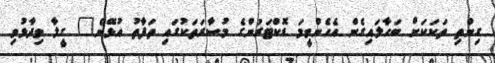
ގިންތި ތަކަކަށް ބަހާލައިގެން އެހެންވީމަ ޑޮކްޓަރުންގެ މުސާރަތަކުގައި ތަފާތު އުޅޭނެ" ގީލާ ވިދާޅުވި